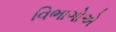
વિભાગોએ